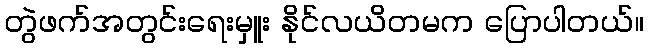
တွဲဖက်အတွင်းရေးမှူး နိုင်လယိတမက ပြောပါတယ်။